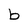
Character: b